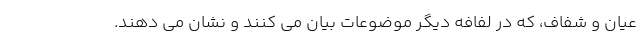
عیان و شفاف، که در لفافه دیگر موضوعات بیان می کنند و نشان می دهند.